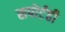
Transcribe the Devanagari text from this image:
सपोर्टही